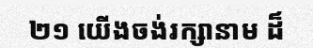
២១ យើងចង់រក្សានាម ដ៏